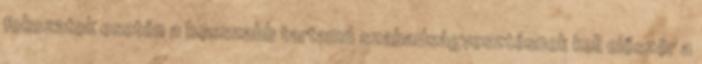
fokozatok esetén a hosszabb tartamú szabadságvesztésnek kell először a